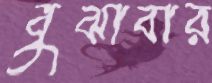
বুঝাবার